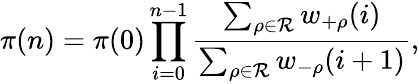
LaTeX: \pi(n)=\pi(0)\prod_{i=0}^{n-1}\frac{\sum_{\rho\in\mathcal{R}}w_{+\rho}(i)}{\sum_{\rho\in\mathcal{R}}w_{-\rho}(i+1)},